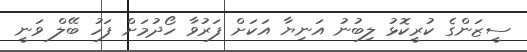
ސީޒަންގެ ކުރީކޮޅު ލިބުނު އަނިޔާ އަކަށް ފަރުވާ ހޯދުމަށް ފަހު ބޭލް ވަނީ